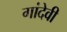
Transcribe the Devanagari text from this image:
गांदेवी